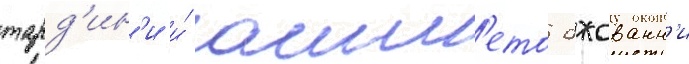
тард'ин'и и́ амл'ето джованн'и